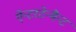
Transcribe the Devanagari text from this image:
ऐन्टरटेन्मैन्ट